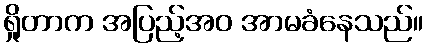
ရှိုတာက အပြည့်အဝ အာမခံနေသည်။